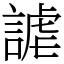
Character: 謔